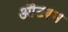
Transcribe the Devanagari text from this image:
औटरम